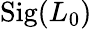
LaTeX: \mathrm{Sig}(L_{0})